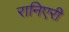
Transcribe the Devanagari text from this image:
रानिएरी